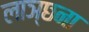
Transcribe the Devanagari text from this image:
लाञ्छना